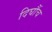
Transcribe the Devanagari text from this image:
दिघौंच